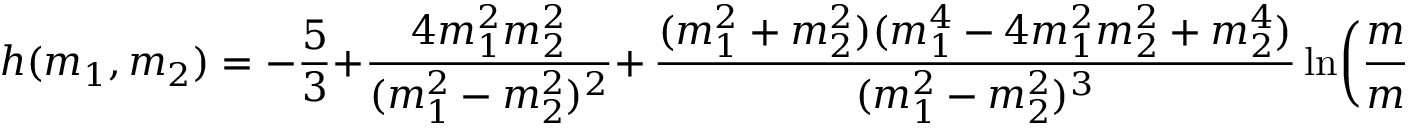
h ( m _ { 1 } , m _ { 2 } ) = - \frac { 5 } { 3 } + \frac { 4 m _ { 1 } ^ { 2 } m _ { 2 } ^ { 2 } } { ( m _ { 1 } ^ { 2 } - m _ { 2 } ^ { 2 } ) ^ { 2 } } + \nonumber \, \frac { ( m _ { 1 } ^ { 2 } + m _ { 2 } ^ { 2 } ) ( m _ { 1 } ^ { 4 } - 4 m _ { 1 } ^ { 2 } m _ { 2 } ^ { 2 } + m _ { 2 } ^ { 4 } ) } { ( m _ { 1 } ^ { 2 } - m _ { 2 } ^ { 2 } ) ^ { 3 } } \ln \biggl ( \frac { m _ { 1 } ^ { 2 } } { m _ { 2 } ^ { 2 } } \biggr ) \; \; ,